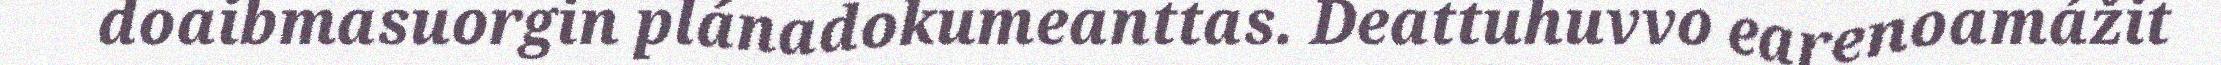
doaibmasuorgin plánadokumeanttas. Deattuhuvvo earenoamážit